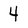
Character: 4